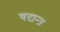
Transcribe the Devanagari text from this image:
षद्यन्त्र